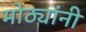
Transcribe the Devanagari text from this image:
मोठ्यांनी